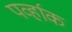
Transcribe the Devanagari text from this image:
पर्व्हाक